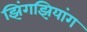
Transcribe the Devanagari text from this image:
झिंगझियांग